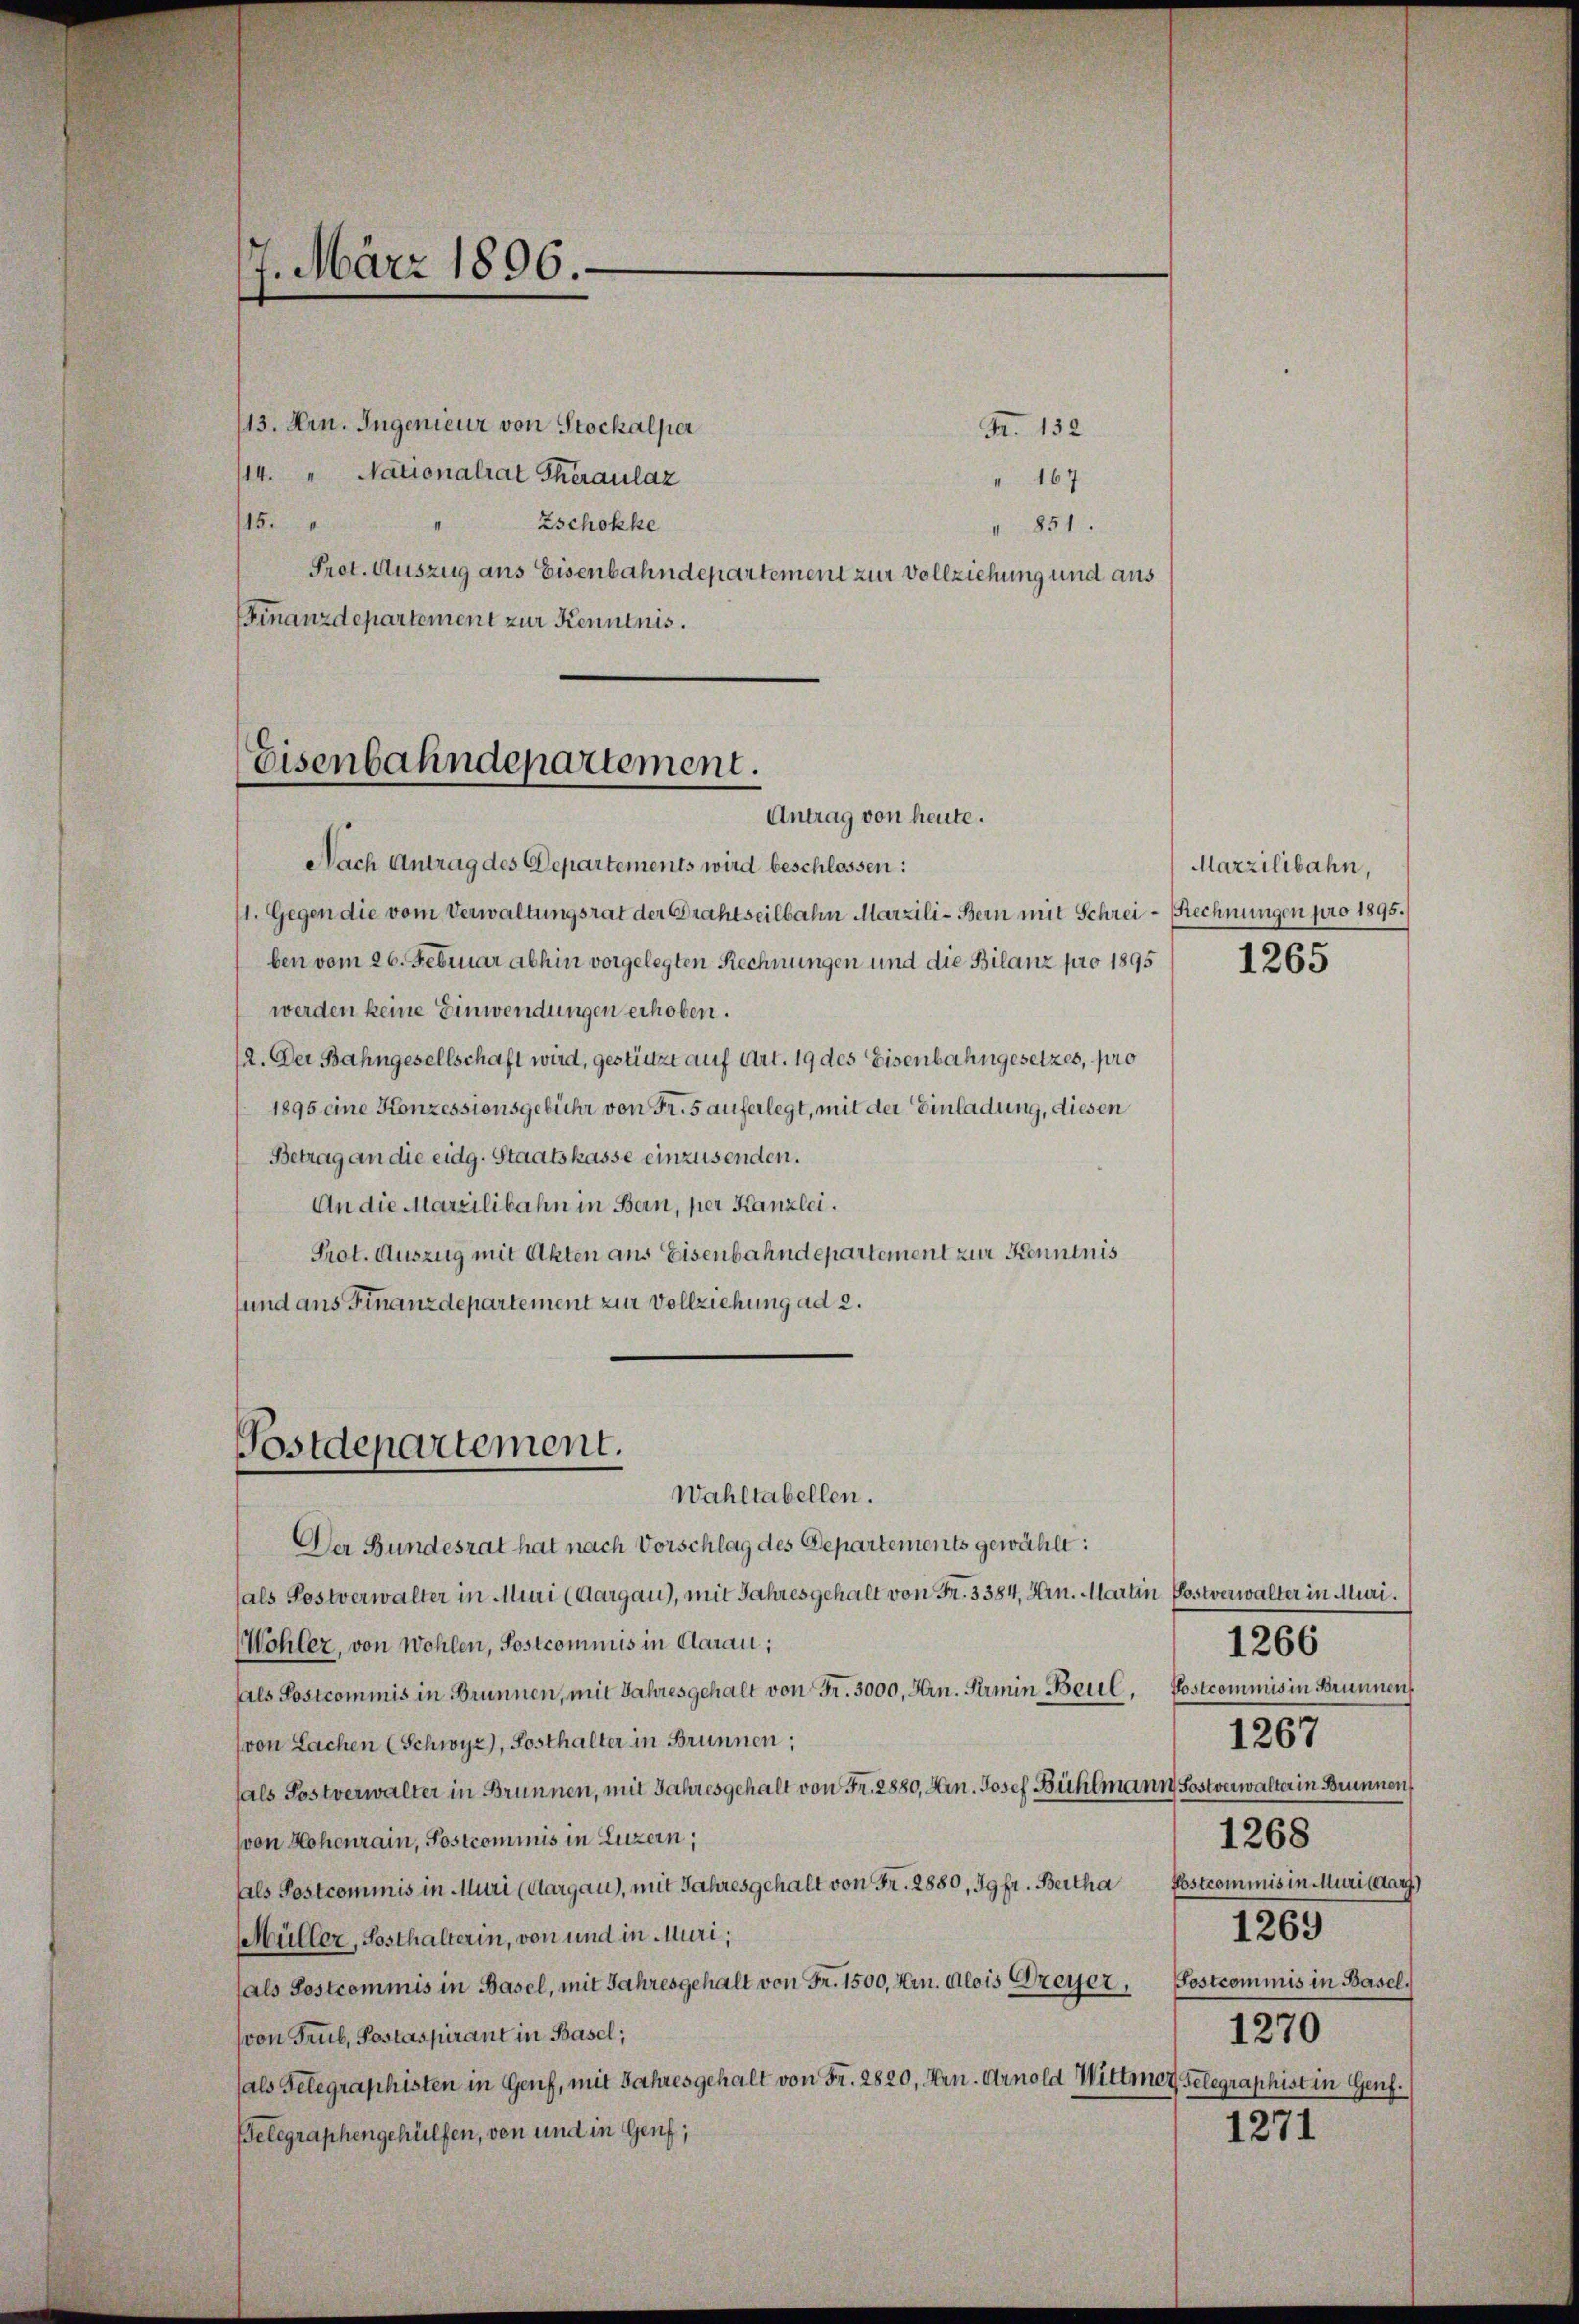
7. März 1896.

15.

113. Hrn. Ingenieur von Stockalper
B. 132
14. " Nationalrat Theraulaz
" 167
Zschokke
 851.
Prot. Auszug aus Eisenbahndepartement zur Vollziehung und aus
Finanzdepartement zur Kenntnis.

Eisenbahndepartement.
Antrag von heute.

Nach Antrag des Departements wird beschlossen:
1. Gegen die vom Verwaltungsrat der Drahtseilbahn Marzili-Bern mit Schrei- Rechnungen pro 1895.
ben vom 26. Februar abhin vorgelegten Rechnungen und die Bilanz pro 1895
werden keine Einwendungen erhoben.
2. Der Bahngesellschaft wird, gestützt auf Art. 19 des Eisenbahngesetzes, pro
1895 eine Konzessionsgebühr von Fr. 5 auferlegt, mit der Einladung, diesen
Betrag an die eidg. Staatskasse einzusenden.
An die Marzilibahn in Bern, per Kanzlei.
Prot. Auszug mit Akten aus Eisenbahndepartement zur Kenntnis
sund aus Finanzdepartement zur Vollziehung ad 2.
Der Bundesrat hat nach Vorschlag des Departements gewählt:
(als Postverwalter in Muri (Aargau), mit Jahresgehalt von Fr. 3384, Hrn. Martin Postverwalter in Muri,
Wohler, von Wohlen, Postcommis in Carau;
fals Postcommis in Brunnen, mit Jahresgehalt von Fr. 3000, Hrn. Permin Beil, Postcommis in Brunnen
(von Sachen (Schwyz), Posthalter in Brunnen;
fals Postverwalter in Brunnen, mit Jahresgehalt von Fr. 2880, Arn. Josef Bühlmann Sostverwalter in Brunnen
(von Hohenrain, Postcommis in Luzern;
Als Postcommis in Muri (Aargau), mit Jahresgehalt von Fr. 2880, Jgfr. Bertha Ebstcommis in Murisaar
Müller, Posthalterin, von und in Muri,
(als Postcommis in Basel, mit Jahresgehalt von Fr. 1500, Hrn. Alois Greyer,
(von Trub, Postaspirant in Basel;
(als Gelegraphisten in Genf, mit Jahresgehalt von Fr. 2820, Hrn. Arnold Wittmer, Gelegraphist in Genf.
Belegraphengehülfen, von und in Genf;

Postdepartement.
Wahltabellen.

Marzilibahn,

1265

1266
1268
1269
Sostcommis in Basel.
1270
1271

1267